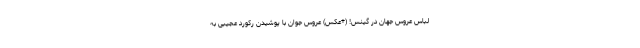
لباس عروس جهان در گینس! (+عکس) عروس جوان با پوشیدن رکورد عجیبی به